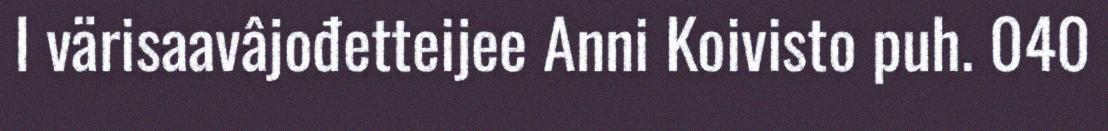
I värisaavâjođetteijee Anni Koivisto puh. 040